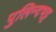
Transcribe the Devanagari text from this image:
पुलिन्दभट्ट